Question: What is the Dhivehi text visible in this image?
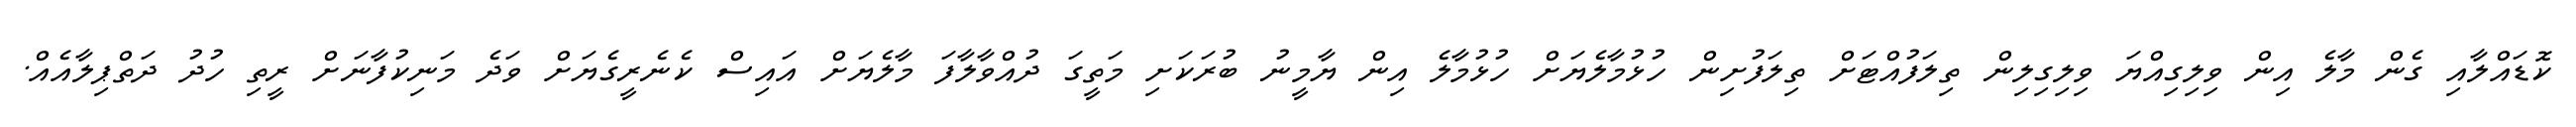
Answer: ކޮޑައްލާއި ގެން މާލެ އިން ވިލިގިއްޔަ ވިލިގިލިން ތިލަފުއްޓަށް ތިލަފުށިން ހުޅުމާލެޔަށް ހުޅުމާލެ އިން ޔާމީނު ބުރަކަށި މަތީގަ ދުއްވާލާފަ މާލެޔަށް އައިސް ކެނެރީގެޔަށް ވަދެ މަނިކުފާނަށް ރީތި ހުދު ދަތްޕިލާއެއް.